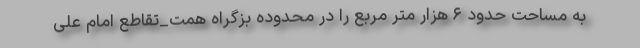
به مساحت حدود ۶ هزار متر مربع را در محدوده بزگراه همت_تقاطع امام علی